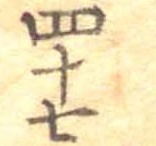
四十七